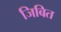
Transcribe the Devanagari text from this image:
जिबित